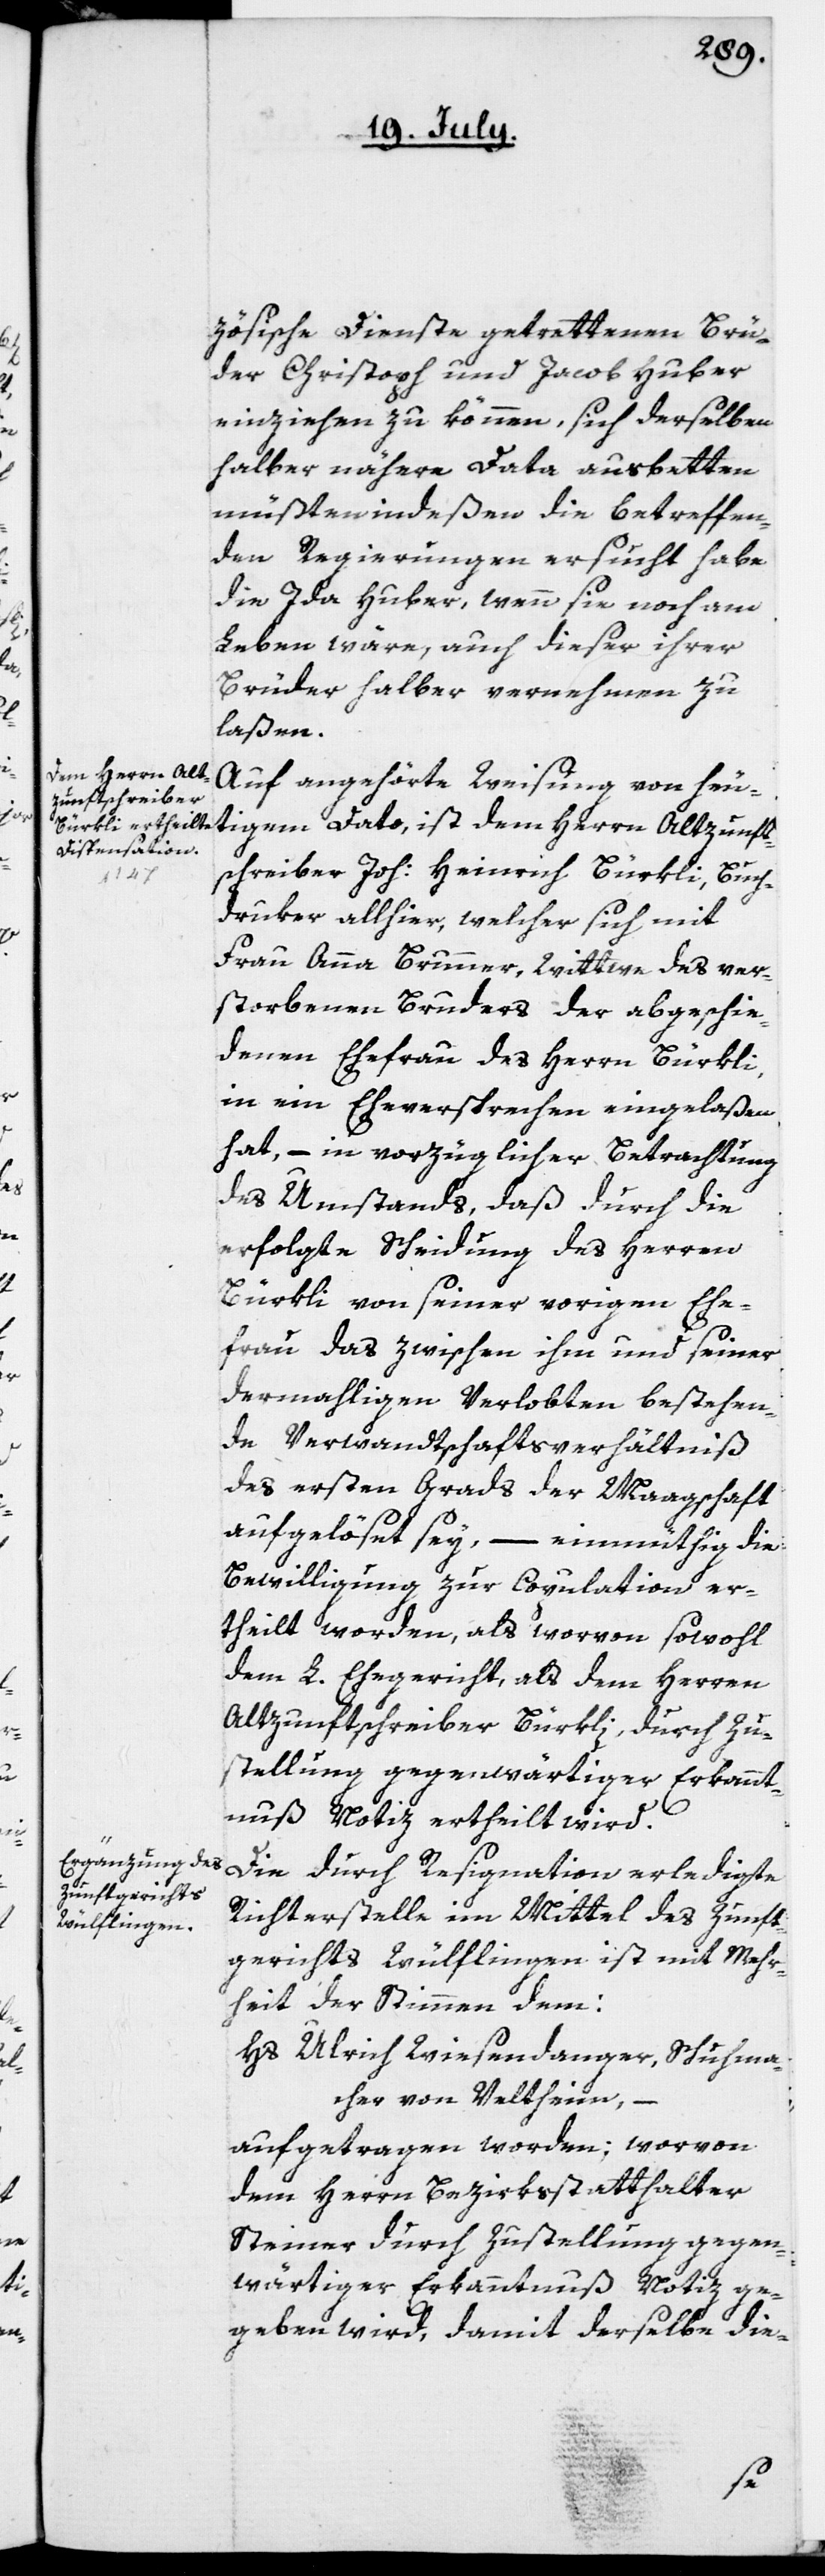
zösische Dienste getrettenen Brü¬
der Christoph und Jacob Huber
einziehen zu können, sich derselben
halber nähere Data ausbetten,
müßten indeßen die betreffen¬
den Regierungen ersucht habe,
die Ida Huber, wenn sie noch am
Leben wäre, auch dieser ihrer
Brüder halber vernehmen zu
laßen.
Auf angehörte Weisung von heu¬
tigem Dato, ist dem Herrn Altzunft¬
schreiber Joh: Heinrich Bürkli, Buch¬
druker allhier, welcher sich mit
Frau Anna Brunner, Wittwe des ver¬
storbenen Bruders der abgeschie¬
denen Ehefrau des Herrn Bürkli,
in ein Eheversprechen eingelaßen
hat, – in vorzüglicher Betrachtung
des Umstands, daß durch die
erfolgte Scheidung des Herren
Bürkli von seiner vorigen Ehe¬
frau das zwischen ihm und seiner
dermahligen Verlobten bestehen¬
de Verwandtschaftsverhältnis
des ersten Grads der Maagschaft
aufgelöset sey, – einmüthig die
Bewilligung zur Copulation er¬
theilt worden, als worvon sowohl
dem L. Ehegericht als dem Herren
Altzunftschreiber Bürkli, durch Zu¬
stellung gegenwärtiger Erkannt¬
nuß Notiz ertheilt wird.
Die durch Resignation erledigte
Richterstelle im Mittel des Zunft¬
gerichts Wülflingen ist mit Mehr¬
heit der Stimmen dem:
Hs. Ulrich Wiesendanger, Schuhma¬
cher von Veltheim,
aufgetragen worden; worvon
dem Herrn Bezirksstatthalter
Steiner durch Zustellung gegen¬
wärtiger Erkanntnuß Notiz ge¬
geben wird, damit derselbe die-